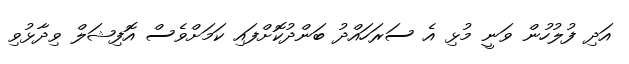
އަދި ފުލުހުން ވަނީ މުޅި އެ ސަރަހައްދު ބަންދުކޮށްފައި ކަމަށްވެސް އޮފިޝަލް ވިދާޅުވި